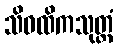
သိဝထိကသုတ္တံ